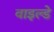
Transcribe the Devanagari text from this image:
वाइल्डे